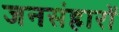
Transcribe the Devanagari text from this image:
जनसंहारों